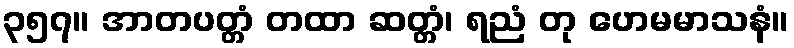
၃၅၇။ အာတပတ္တံ တထာ ဆတ္တံ၊ ရညံ တု ဟေမမာသနံ။